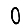
Digit: 0